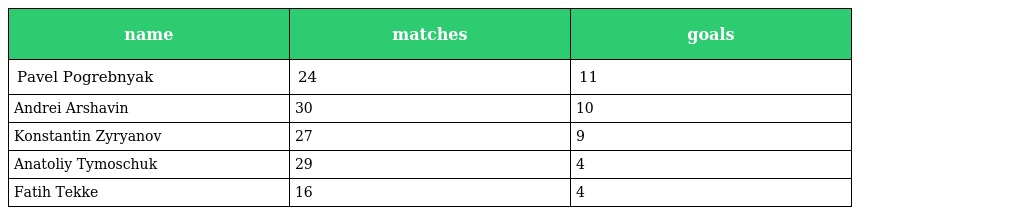
| name | matches | goals |
 | --- | --- | --- |
 | Pavel Pogrebnyak | 24 | 11 |
 | Andrei Arshavin | 30 | 10 |
 | Konstantin Zyryanov | 27 | 9 |
 | Anatoliy Tymoschuk | 29 | 4 |
 | Fatih Tekke | 16 | 4 |